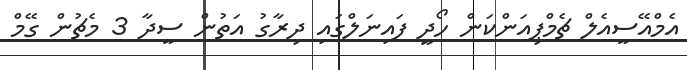
އެމްއޭސީއެލް ޗެމްޕިއަންކަން ހޯދީ ފައިނަލްގައި ދިރާގު އަތުން ސީދާ 3 މެޗުން ގޭމް